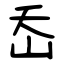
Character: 岙